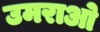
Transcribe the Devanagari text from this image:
उमराओ